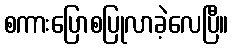
စကားပြောစပြုလာခဲ့လေပြီ။